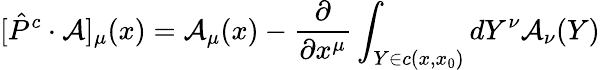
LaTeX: [\hat{P}^{c}\cdot{\cal A}]_{\mu}(x)={\cal A}_{\mu}(x)-\frac{\partial}{\partial x^{\mu}}\int_{Y\in c(x,x_{0})}dY^{\nu}{\cal A}_{\nu}(Y)